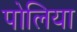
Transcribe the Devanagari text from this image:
पोलिया